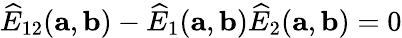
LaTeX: \widehat{E}_{12}({\mathbf a},{\mathbf b})-\widehat{E}_{1}({\mathbf a},{\mathbf b})\widehat{E}_{2}({\mathbf a},{\mathbf b})=0